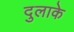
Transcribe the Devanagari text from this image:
दुलाके